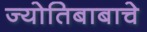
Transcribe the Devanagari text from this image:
ज्योतिबाबाचे